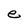
Character: e